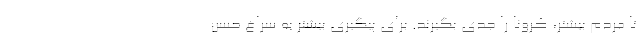
تا مردم بیشتر، کرونا را جدی بگیرند. برای پیگیری بیشتر به سراغ حسن